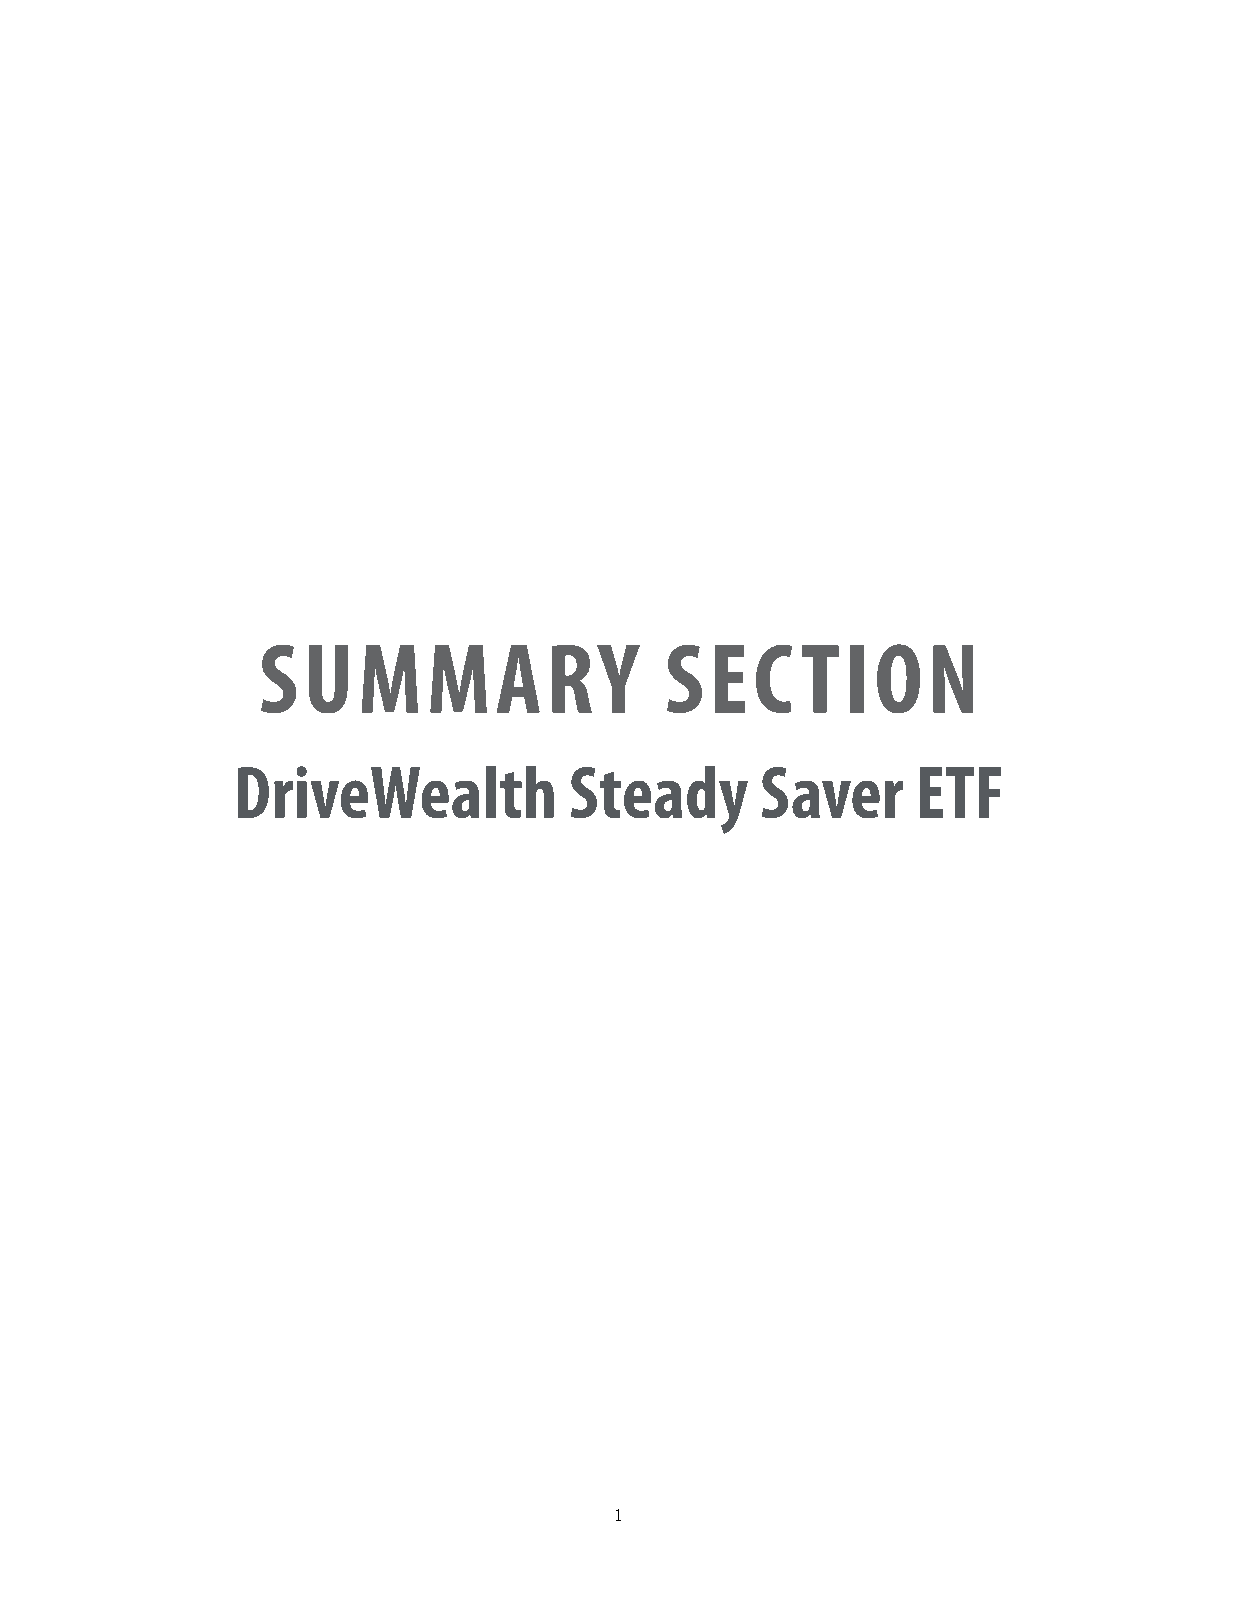
SUMMARY                    SEC      TION
 DriveWealth            Steady      Saver      ETF
 1